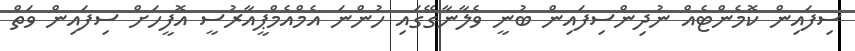
ސިފައިން ކޮމެންޓެއް ނުދިންސިފައިން ބުނީ ވެލާނާގޭގައި ހުންނަ އެމްއެމްޕީއާރުސީ އޮފީހަށް ސިފައިން ވަތް